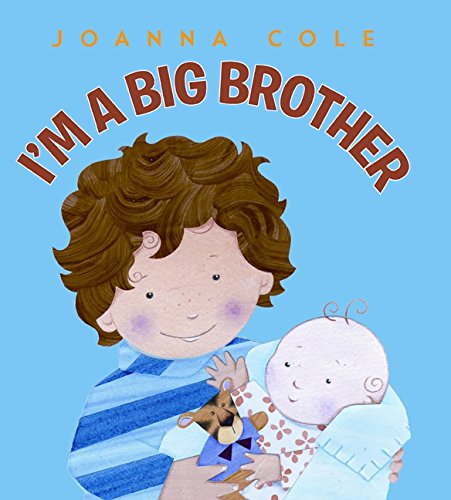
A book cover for I'm a Big Brother; Joanna Cole; Children's Books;